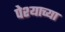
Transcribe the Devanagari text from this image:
पेश्याच्या